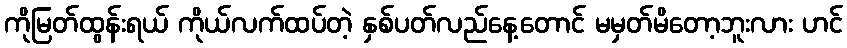
ကိုမြတ်ထွန်းရယ် ကိုယ်လက်ထပ်တဲ့ နှစ်ပတ်လည်နေ့တောင် မမှတ်မိတော့ဘူးလား ဟင်